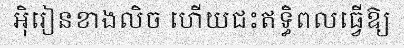
អ៊ិរៀនខាងលិច ហើយជះឥទ្ធិពលធ្វើឱ្យ